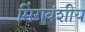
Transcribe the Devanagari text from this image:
मिंगवंशीय